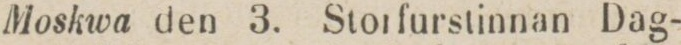
Moskwa den 3. Storfurstinnan Dag-